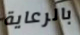
بالرعاية